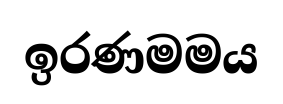
ඉරණමමය